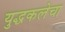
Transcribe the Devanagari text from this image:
युद्धकलेचा